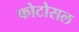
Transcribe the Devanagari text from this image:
फोटोसल